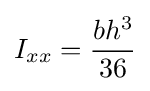
I_{xx}={\frac {bh^{3}}{36}}